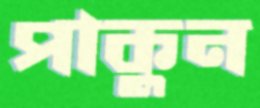
পাকুন